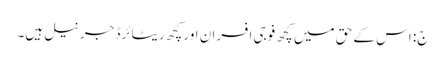
ج: اس کے حق میں کچھ فوجی افسران اور کچھ ریٹائرڈ جرنیل ہیں۔